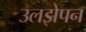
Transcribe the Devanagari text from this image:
उलझेपन